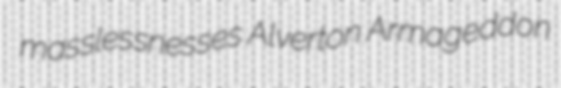
masslessnesses Alverton Armageddon